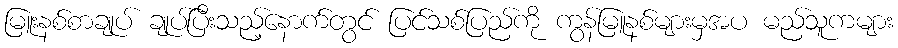
မြူးနစ်စာချုပ် ချုပ်ပြီးသည့်နောက်တွင် ပြင်သစ်ပြည်ကို ကွန်မြူနစ်များမှအပ မည်သူကများ